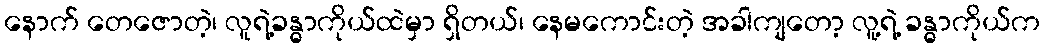
နောက် တေဇောတဲ့၊ လူရဲ့ခန္ဓာကိုယ်ထဲမှာ ရှိတယ်၊ နေမကောင်းတဲ့ အခါကျတော့ လူ့ရဲ့ ခန္ဓာကိုယ်က